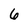
Character: 6